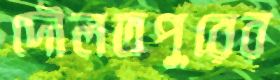
দৌলতপুরের